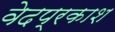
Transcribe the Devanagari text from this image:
वेदप्रकाश